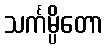
သင်္ကမ္ပိတော